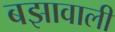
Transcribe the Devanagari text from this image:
बझावाली